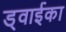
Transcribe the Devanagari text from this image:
ड्वाईका